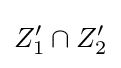
Z_{1}'\cap Z_{2}'